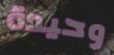
وحيدة